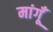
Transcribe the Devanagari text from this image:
मांगूँ